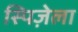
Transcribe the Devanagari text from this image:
स्पिज़ेला